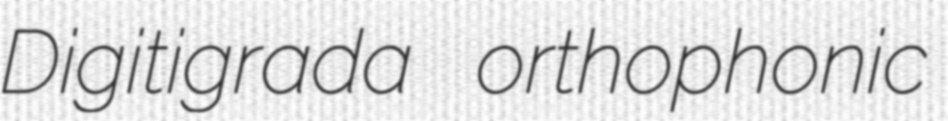
Digitigrada orthophonic